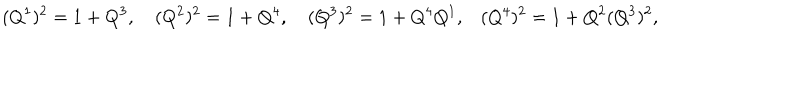
( Q ^ { 1 } ) ^ { 2 } = 1 + Q ^ { 3 } , \quad ( Q ^ { 2 } ) ^ { 2 } = 1 + Q ^ { 4 } , \quad ( Q ^ { 3 } ) ^ { 2 } = 1 + Q ^ { 4 } Q ^ { 1 } , \, \, \, \, \, ( Q ^ { 4 } ) ^ { 2 } = 1 + Q ^ { 2 } ( Q ^ { 3 } ) ^ { 2 } ,